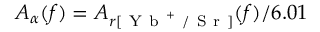
A _ { \alpha } ( f ) = A _ { r [ \mathrm { ~ Y ~ b ~ } ^ { + } \mathrm { ~ / ~ S ~ r ~ } ] } ( f ) / 6 . 0 1